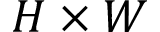
H \times W